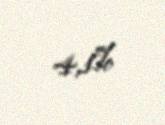
4,1%